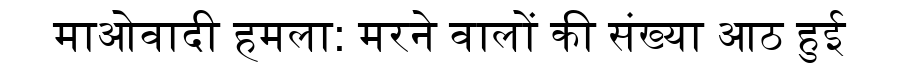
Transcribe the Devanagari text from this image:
माओवादी हमला: मरने वालों की संख्या आठ हुई